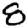
Digit: 8